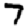
Digit: 7